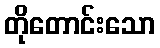
တိုတောင်းသော